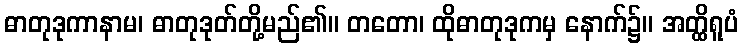
ဓာတုဒုကာနာမ၊ ဓာတုဒုတ်တို့မည်၏။ တတော၊ ထိုဓာတုဒုကမှ နောက်၌။ အတ္ထိရူပံ